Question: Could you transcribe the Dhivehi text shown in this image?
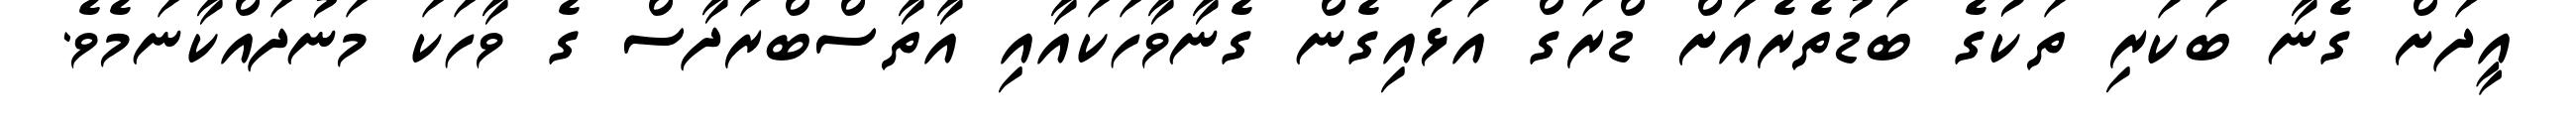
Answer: އީދަށް ގެނާ ބަކަރި ތަކުގެ ބަޑުތެރެއަށް ޑްރަގް އަޅައިގެން ގެނާވާހަކައާއި އާތާސްބްރަދާސް ގެ ވާހަކަ މަނުދައްކާނަމެވެ.